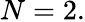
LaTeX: N=2.